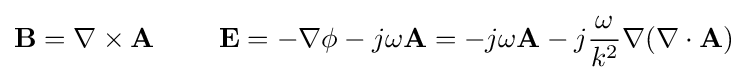
\mathbf {B} =\nabla \times \mathbf {A} \ \qquad \mathbf {E} =-\nabla \phi -j\omega \mathbf {A} =-j\omega \mathbf {A} -j{\frac {\omega }{k^{2}}}\nabla (\nabla \cdot \mathbf {A} )